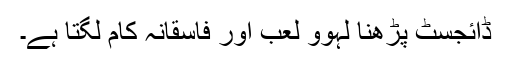
ڈائجسٹ پڑھنا لہوو لعب اور فاسقانہ کام لگتا ہے۔